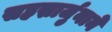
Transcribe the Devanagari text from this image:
सहस्रार्जुनाने